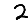
Digit: 2